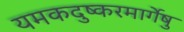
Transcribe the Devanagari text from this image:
यमकदुष्करमार्गेषु